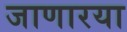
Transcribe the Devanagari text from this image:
जाणारया